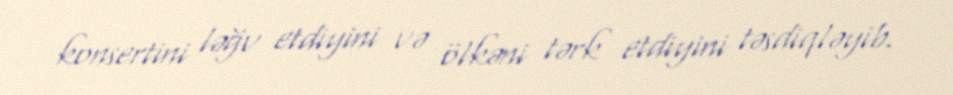
konsertini ləğv etdiyini və ölkəni tərk etdiyini təsdiqləyib.